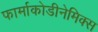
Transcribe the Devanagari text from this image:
फार्माकोडीनेमिक्स